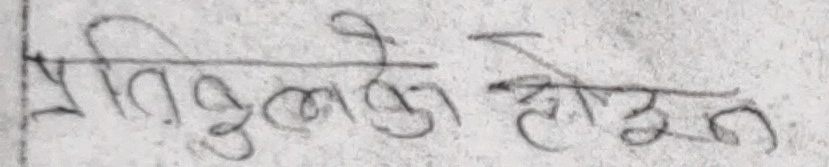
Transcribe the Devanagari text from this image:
प्रतिकुलको होइन